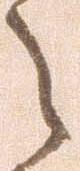
々